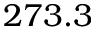
2 7 3 . 3